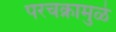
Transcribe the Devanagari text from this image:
परचक्रामुळे